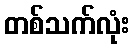
တစ်သက်လုံး